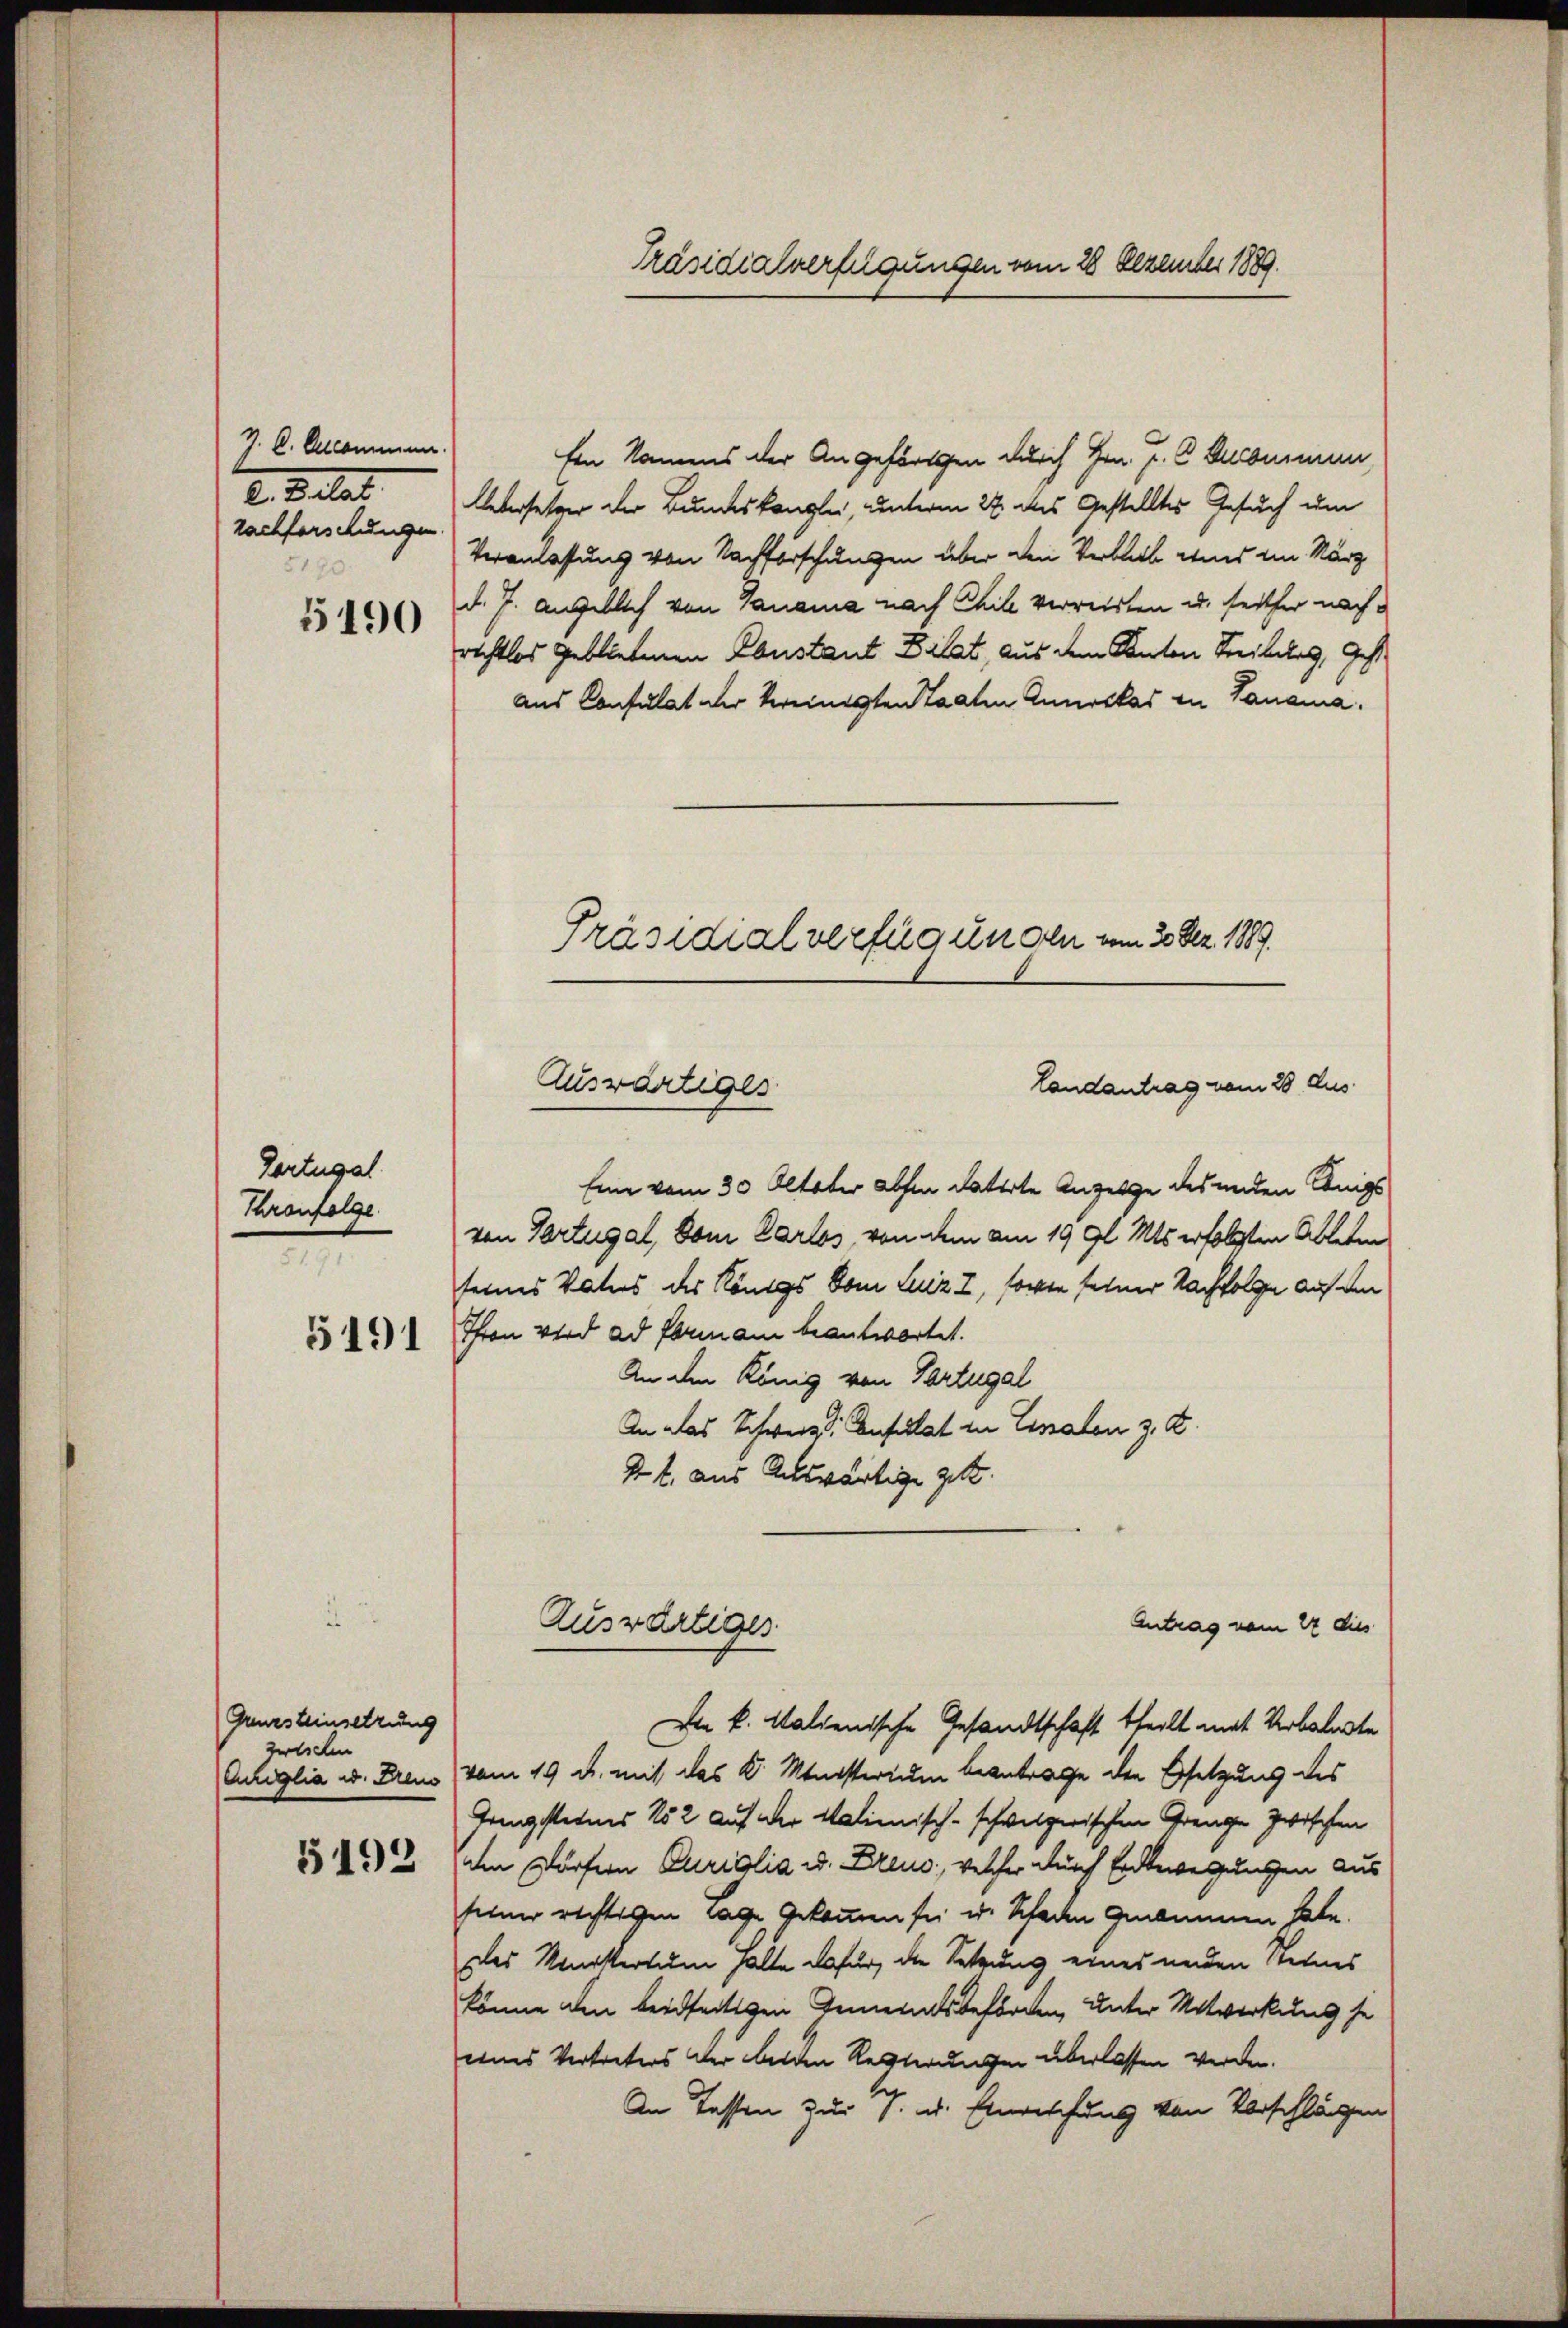
J. C. Arcommen.
2. Relat
Nachforschungen.
5190

5190

Zortugal.
Thronfolge
e

5191

Grzsteinsetzung
zwischen
Curiglia u. Freud

5192

Ein Namens der Angehörigen durch Hrn. J. C. Decommun
Uebersetzer der Bundeskanzlei, unterm 22 des Gestelltes Gesuch um
Veranlassung von Nachforschungen über den Verblieb wind dem März
d. J. angeblich von Panama nach Chile verreisten u. seither nachrechtlos gebliebenen Coustant Dilat, aus dem Anton Treiburg, Gest
aus Consulat der Vereinigten Saaten Gunoclas in Tanama.

Präsidialverfügungen vom 28 Dezember 1889.

.
Präsidialverfug un den vom 20. Dez. 1889.
Auswärtiges
Landantrag vom 28 Aus

Eine vom 30. Oktober abhin datirte Anzeige des unden Königs
von Partugal, vom Carlos von dem am 19. gl. Mts. erfolgten Ablehen
seines Vaters des Königs vom Luiz I, sowie seiner Nachfolgen auf den
Thron wird ad Formann beantwortet.
An den König von Portugal
An das Schweiz. Consulat in Einaten z. Z.
4 l. aus Achtwärtige gibt.

Antrag vom 22 dies
Auswärtiges
Die k. Malienische Gesandtschaft theilt mit Verbelegte

vom 19. d. mit das k. Ministerium beantrage der Ersetzung des
Grenzsteines 152 auf der Salienisch-schweizerischen Grenze zwischen
den dürfern Curialia u. Dreus, welcher durch Endewegungen aus
seiner richtigen Tage gekommen sei u. Schaden genommen habe.
des Meerstertum halte dafür, die Setzung eines anden seines
könne den beidseitigen Gemenatsbehörden, unter Mitwirkung se
eines Vertreters der beiden Resterungen überlassen werden.
An Tassen zur J. u. Einrechung von Vorschlägen